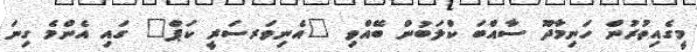
މީގެއިތުރުން ހަނިމާދޫ ސާއްބަ ކްލަބުން ބޭއްވި "އެނިވަރސަރީ ކަޕް" ގައި އެންމެ ގިނަ